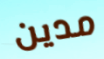
مدين